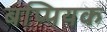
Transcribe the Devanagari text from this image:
बप्पियक